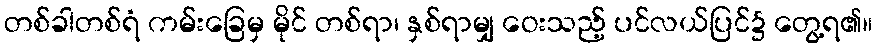
တစ်ခါတစ်ရံ ကမ်းခြေမှ မိုင် တစ်ရာ၊ နှစ်ရာမျှ ဝေးသည့် ပင်လယ်ပြင်၌ တွေ့ရ၏။